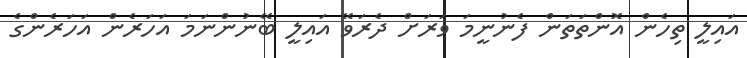
އައިލީ ތިހެން އޮންތަތަން ފެނުނީމަ ވަރަށް ދެރަވޭ އައިލީ ބޭނުންނަމަ އަހަރެން އަހަރެންގެ